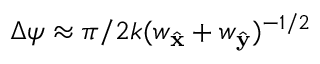
\Delta \psi \approx \pi / 2 k ( w _ { \hat { \mathbf { x } } } + w _ { \hat { \mathbf { y } } } ) ^ { - 1 / 2 }